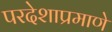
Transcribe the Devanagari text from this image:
परदेशाप्रमाणे